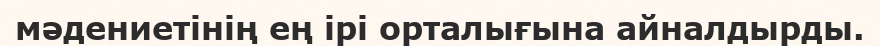
мәдениетінің ең ірі орталығына айналдырды.